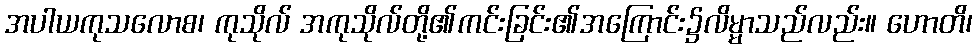
အပါယကုသလောစ၊ ကုသိုလ် အကုသိုလ်တို့၏ကင်းခြင်း၏အကြောင်း၌လိမ္မာသည်လည်း။ ဟောတိ၊